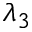
\lambda _ { 3 }